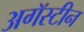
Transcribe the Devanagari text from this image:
अगॅस्टीन